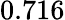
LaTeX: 0.716